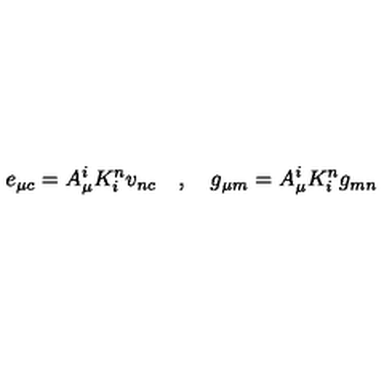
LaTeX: e _ { \mu c } = A _ { \mu } ^ { i } K _ { i } ^ { n } v _ { n c } \quad , \quad g _ { \mu m } = A _ { \mu } ^ { i } K _ { i } ^ { n } g _ { m n }